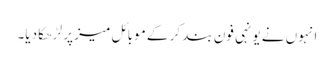
انہوں نے یونہی فون بند کر کے موبائل میز پر لڑھکا دیا۔